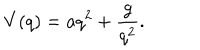
V ( q ) = a q ^ { 2 } + \frac { g } { q ^ { 2 } } .